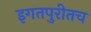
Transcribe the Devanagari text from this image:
इगतपुरीतच